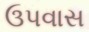
ઉપવાસ